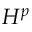
H ^ { p }